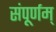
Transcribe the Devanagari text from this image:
संपूर्णम्‌